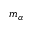
m _ { \alpha }